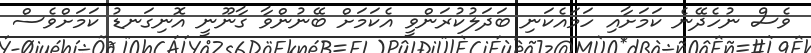
ވެސް ނުހެދޭނެ ކަމަށާއި ހަމައެކަނި ބަދަލުކުރަންވީ އެކަމަށް ބޭނުންވާ ގާނޫނީ އޮނިގަނޑު ކަމަށްވެސް